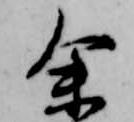
余